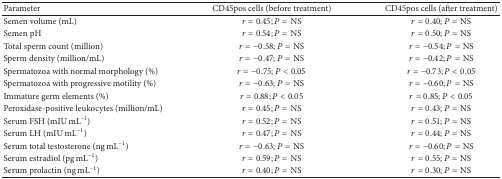
<table><thead><tr><td><b>Parameter</b></td><td><b>CD45pos cells (before treatment)</b></td><td><b>CD45pos cells (after treatment)</b></td></tr></thead><tbody><tr><td>Semen volume (mL)</td><td><i>r</i> = 0.45; <i>P</i> = NS</td><td><i>r</i> = 0.40; <i>P</i> = NS</td></tr><tr><td>Semen pH</td><td><i>r</i> = 0.54; <i>P</i> = NS</td><td><i>r</i> = 0.50; <i>P</i> = NS</td></tr><tr><td>Total sperm count (million)</td><td><i>r</i> = −0.58; <i>P</i> = NS</td><td><i>r</i> = −0.54; <i>P</i> = NS</td></tr><tr><td>Sperm density (million/mL)</td><td><i>r</i> = −0.47; <i>P</i> = NS</td><td><i>r</i> = −0.42; <i>P</i> = NS</td></tr><tr><td>Spermatozoa with normal morphology (%)</td><td><i>r</i> = −0.75; <i>P</i> &lt; 0.05</td><td><i>r</i> = −0.73; <i>P</i> &lt; 0.05</td></tr><tr><td>Spermatozoa with progressive motility (%)</td><td><i>r</i> = −0.63; <i>P</i> = NS</td><td><i>r</i> = −0.60; <i>P</i> = NS</td></tr><tr><td>Immature germ elements (%)</td><td><i>r</i> = 0.88; <i>P</i> &lt; 0.05</td><td><i>r</i> = 0.85; <i>P</i> &lt; 0.05</td></tr><tr><td>Peroxidase-positive leukocytes (million/mL)</td><td><i>r</i> = 0.45; <i>P</i> = NS</td><td><i>r</i> = 0.43; <i>P</i> = NS</td></tr><tr><td>Serum FSH (mIU mL<sup>−1</sup>)</td><td><i>r</i> = 0.52; <i>P</i> = NS</td><td><i>r</i> = 0.51; <i>P</i> = NS</td></tr><tr><td>Serum LH (mIU mL<sup>−1</sup>)</td><td><i>r</i> = 0.47; <i>P</i> = NS</td><td><i>r</i> = 0.44; <i>P</i> = NS</td></tr><tr><td>Serum total testosterone (ng mL<sup>−1</sup>)</td><td><i>r</i> = −0.63; <i>P</i> = NS</td><td><i>r</i> = −0.60; <i>P</i> = NS</td></tr><tr><td>Serum estradiol (pg mL<sup>−1</sup>)</td><td><i>r</i> = 0.59; <i>P</i> = NS</td><td><i>r</i> = 0.55; <i>P</i> = NS</td></tr><tr><td>Serum prolactin (ng mL<sup>−1</sup>)</td><td><i>r</i> = 0.40; <i>P</i> = NS</td><td><i>r</i> = 0.30; <i>P</i> = NS</td></tr></tbody></table>